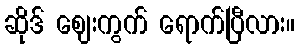
ဆိုဒ် ဈေးကွက် ရောက်ပြီလား။